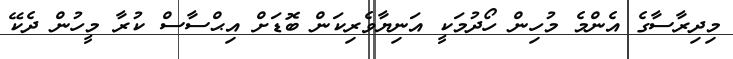
މިދިރާސާގެ އެންމެ މުހިން ހޯދުމަކީ އަނިޔާވެރިކަން ބޮޑަށް އިޙްސާސް ކުރާ މީހުން ދެކޭ